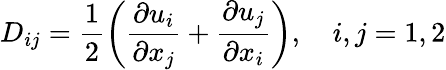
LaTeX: {D}_{ij}=\frac{1}{2}\left(\frac{\partial u_{i}}{\partial x_{j}}+\frac{\partial u_{j}}{\partial x_{i}}\right),\quad i,j=1,2